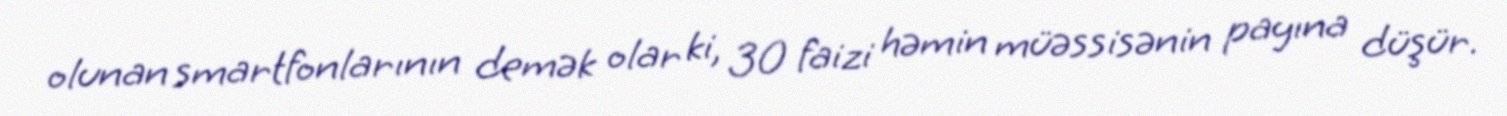
olunan smartfonlarının demək olar ki, 30 faizi həmin müəssisənin payına düşür.